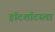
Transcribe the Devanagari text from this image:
हॉटशॉटस्चा